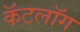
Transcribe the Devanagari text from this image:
कॅटलॉग